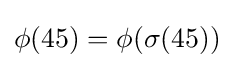
\phi (45)=\phi (\sigma (45))